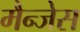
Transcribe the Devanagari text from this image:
मैन्जेस